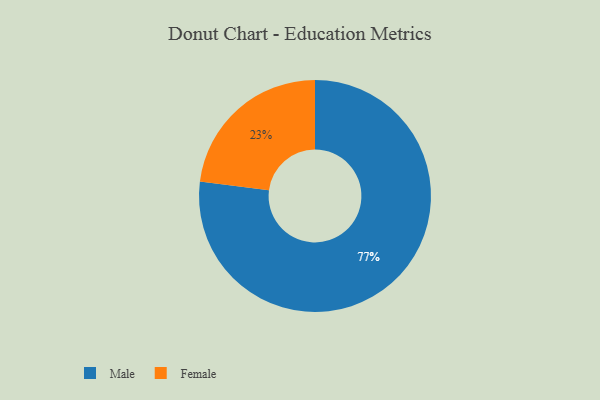
{"axis": {"x": "Category", "y": "Percentage"}, "legend": ["Female", "Male"], "data": [{"x": "Male", "y": 77, "type": "Male"}, {"x": "Female", "y": 23, "type": "Female"}]}